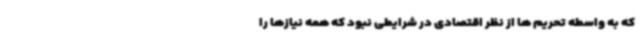
که به واسطه تحریم ها از نظر اقتصادی در شرایطی نبود که همه نیازها را